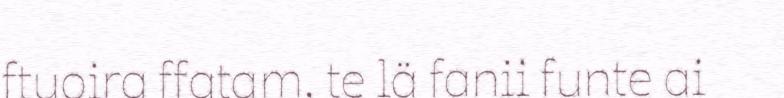
ftuoira ffatam, te lä fanii funte ai